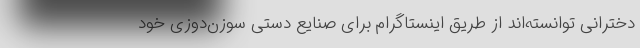
دخترانی توانسته‌اند از طریق اینستاگرام برای صنایع دستی سوزن‌دوزی خود